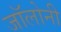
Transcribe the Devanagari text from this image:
जॉलोनी